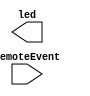
`timescale 1ns / 1ps
//////////////////////////////////////////////////////////////////////////////////
// Company: 
// Engineer: 
// 
// Design Name: 
// Module Name: garageFSM
// Project Name: 
// Target Devices: 
// Tool Versions: 
// Description: 
// 
// Dependencies: 
// 
// Revision:
// Revision 0.01 - File Created
// Additional Comments:
// 
//////////////////////////////////////////////////////////////////////////////////


module garageFSM(
    output [5:0] led,
    input remoteEvent
    );
endmodule